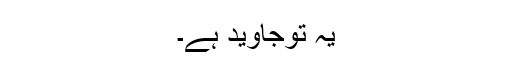
یہ توجاوید ہے۔